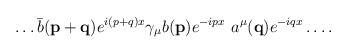
LaTeX: \begin{align*}\dots \bar{b}({\mathbf{p+q}}) e^{i(p+q)x} \gamma_\mu b({\mathbf{p}}) e^{-ipx}\,\, a^\mu({\mathbf{q}}) e^{-iqx} \dots . \end{align*}